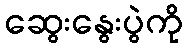
ဆွေးနွေးပွဲကို